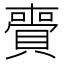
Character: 賷